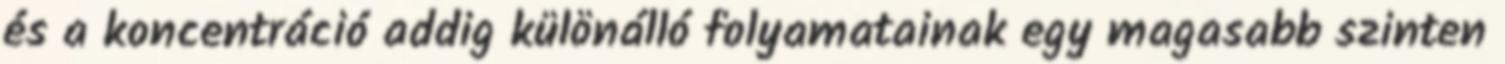
és a koncentráció addig különálló folyamatainak egy magasabb szinten